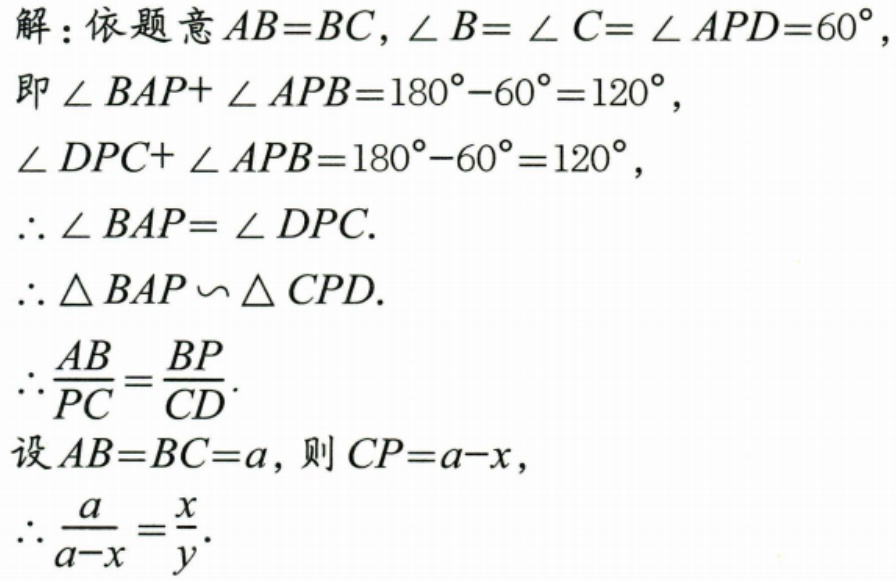
解：依题意\(AB = BC\)，\(\angle B = \angle C = \angle APD = 60^{\circ}\)，
即\(\angle BAP+\angle APB = 180^{\circ}-60^{\circ}=120^{\circ}\)，
\(\angle DPC+\angle APB = 180^{\circ}-60^{\circ}=120^{\circ}\)，
\(\therefore \angle BAP=\angle DPC\).
\(\therefore \triangle BAP\backsim\triangle CPD\).
\(\therefore\frac{AB}{PC}=\frac{BP}{CD}\).
设\(AB = BC = a\)，则\(CP = a - x\)，
\(\therefore\frac{a}{a - x}=\frac{x}{y}\).